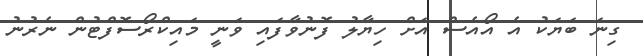
ގިނަ ބަޔަކު އެ އޯއެސް އަށް ހިޔާލު ފޮނުވާފައި ވަނީ މައިކްރޯސޮފްޓުން ނެރުނު